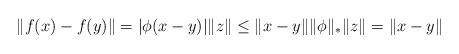
LaTeX: \begin{align*}\|f(x)-f(y)\| = |\phi(x-y)|\|z\| \leq \|x-y\|\|\phi\|_*\|z\|= \|x-y\|\end{align*}